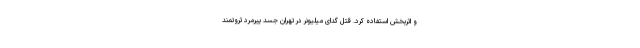
و اثربخش استفاده کرد. قتل گدای میلیونر در تهران جسد پیرمرد ثروتمند